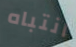
انتباه